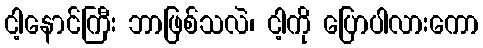
ငါ့နောင်ကြီး ဘာဖြစ်သလဲ၊ ငါ့ကို ပြောပါလားကော